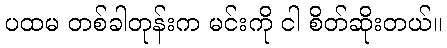
ပထမ တစ်ခါတုန်းက မင်းကို ငါ စိတ်ဆိုးတယ်။